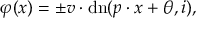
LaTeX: \varphi ( x ) = \pm v \cdot \mathrm { { d n } } ( p \cdot x + \theta , i ) ,